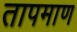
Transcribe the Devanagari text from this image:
तापमाण